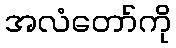
အလံတော်ကို